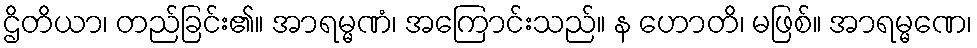
ဌိတိယာ၊ တည်ခြင်း၏။ အာရမ္မဏံ၊ အကြောင်းသည်။ န ဟောတိ၊ မဖြစ်။ အာရမ္မဏေ၊